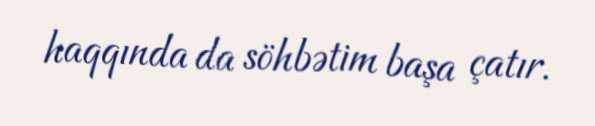
haqqında da söhbətim başa çatır.